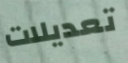
تعديلات